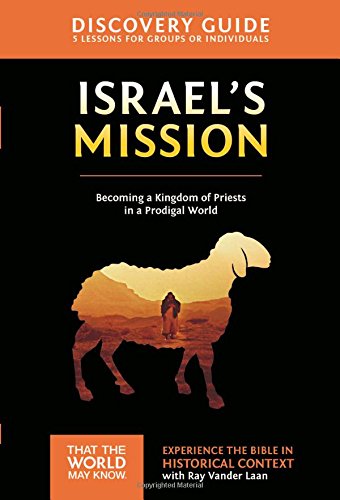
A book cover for Israel's Mission Discovery Guide with DVD: A Kingdom of Priests in a Prodigal World (That the World May Know); Ray Vander Laan; Christian Books & Bibles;